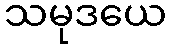
သမုဒယေ